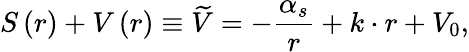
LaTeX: S\left(r\right)+V\left(r\right)\equiv\widetilde{V}=-\frac{\alpha_{s}}r+k\cdot r+V_{0},